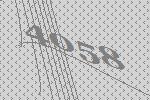
4058